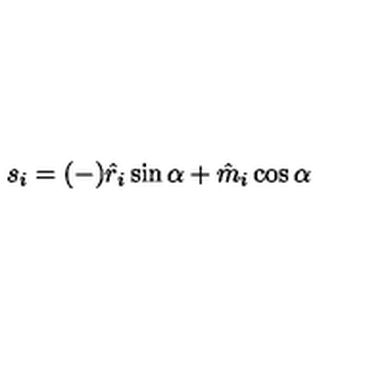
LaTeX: s _ { i } = ( - ) \hat { r } _ { i } \sin \alpha + \hat { m } _ { i } \cos \alpha